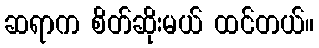
ဆရာက စိတ်ဆိုးမယ် ထင်တယ်။